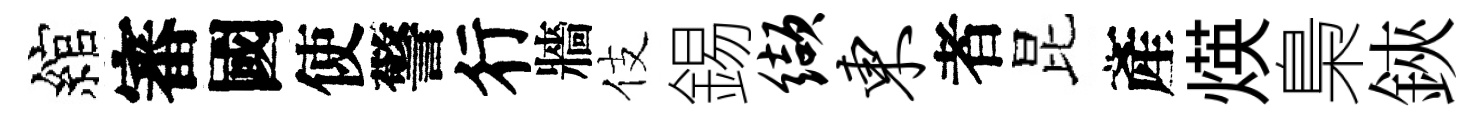
綰審國使警行牆伎錫缬东者昆產煐梟鋏